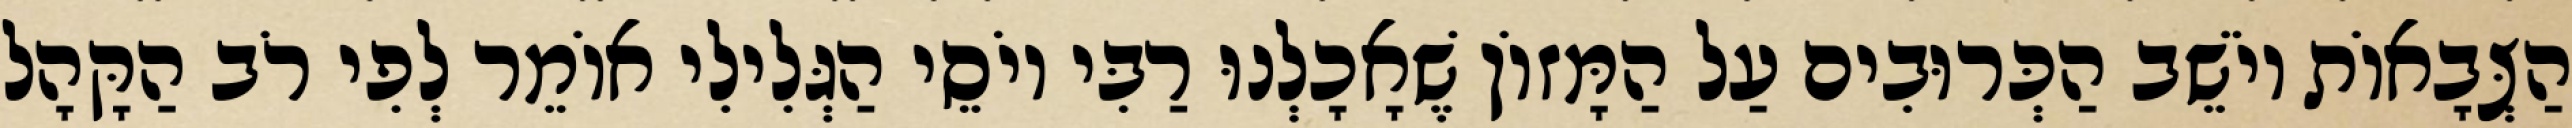
הַצְּבָאוֹת יוֹשֵׁב הַכְּרוּבִים עַל הַמָּזוֹן שֶׁאָכָלְנוּ רַבִּי יוֹסֵי הַגְּלִילִי אוֹמֵר לְפִי רֹב הַקָּהָל